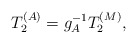
\begin{align*}T_2^{(A)} = g_A^{-1} T_2^{(M)}, \end{align*}